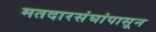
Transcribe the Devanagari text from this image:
मतदारसंघांपासून